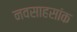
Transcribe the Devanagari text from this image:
नवसाहसांक